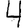
Digit: 4